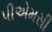
પીએમસી